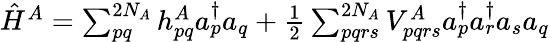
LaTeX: \begin{array}{r}{\hat{H}^{A}=\sum_{pq}^{2N_{A}}h_{pq}^{A}a_{p}^{\dagger}a_{q}+\frac{1}{2}\sum_{pqrs}^{2N_{A}}V_{pqrs}^{A}a_{p}^{\dagger}a_{r}^{\dagger}a_{s}a_{q}}\end{array}